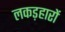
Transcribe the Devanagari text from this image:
लकड़हारों